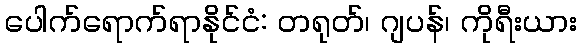
ပေါက်ရောက်ရာနိုင်ငံ: တရုတ်၊ ဂျပန်၊ ကိုရီးယား